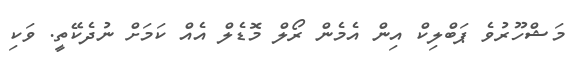
މަޝްހޫރުވެ ޕަބްލިކް އިން އެމެން ރޯލް މޮޑެލް އެއް ކަމަށް ނުދެކޭތީ. ވަކި